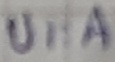
Text: UI:A